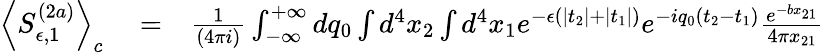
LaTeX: \begin{array}{rlr}{\left<S_{\epsilon,1}^{(2a)}\right>_{c}}&{{}=}&{\frac{1}{\left(4\pi i\right)}\int_{-\infty}^{+\infty}dq_{0}\int d^{4}x_{2}\int d^{4}x_{1}e^{-\epsilon\left(\left|t_{2}\right|+\left|t_{1}\right|\right)}e^{-iq_{0}\left(t_{2}-t_{1}\right)}\frac{e^{-bx_{21}}}{4\pi x_{21}}}\end{array}